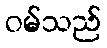
ဝမ်သည်